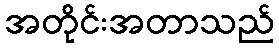
အတိုင်းအတာသည်